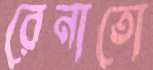
রেনাতো